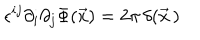
\epsilon ^ { i j } \partial _ { i } \partial _ { j } \Phi ( \vec { x } ) = 2 \pi \, \delta ( \vec { x } \, )